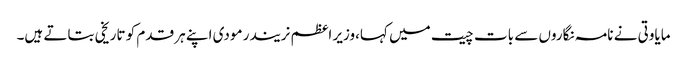
مایاوتی نے نامہ نگاروں سے بات چیت میں کہا،وزیر اعظم نریندر مودی اپنے ہر قدم کو تاریخی بتاتے ہیں۔